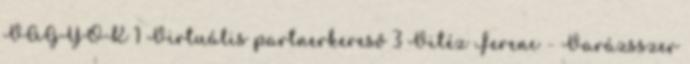
VAGYOK 1 Virtuális partnerkereső 3 Vitéz Ferenc - Varázsszer